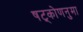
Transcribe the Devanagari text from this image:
षट्कोणनुमा